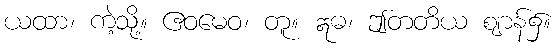
ယထာ၊ ကဲ့သို့။ ဧဝမေဝ၊ တူ။ ဣဓ၊ ဤတတိယ ဈာန်၌။